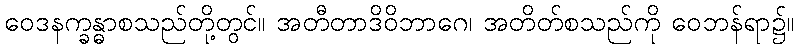
ဝေဒနက္ခန္ဓာစသည်တို့တွင်။ အတီတာဒိဝိဘာဂေ၊ အတိတ်စသည်ကို ဝေဘန်ရာ၌။